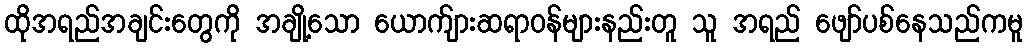
ထိုအရည်အချင်းတွေကို အချို့သော ယောက်ျားဆရာဝန်များနည်းတူ သူ အရည် ဖျော်ပစ်နေသည်ကမူ